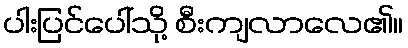
ပါးပြင်ပေါ်သို့ စီးကျလာလေ၏။